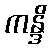
ကန္ဒိ